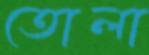
তোলা